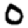
Digit: 0